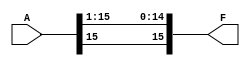
module Arith_SR_16bit(F, A);

input signed[15:0] A;
output reg signed[15:0] F;

always @(A)
begin
F = A >>> 1;
end

endmodule